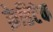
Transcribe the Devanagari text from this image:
क्रेडिटेक